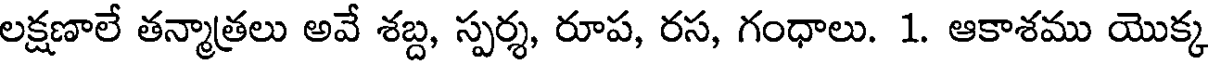
లక్షణాలే తన్మాత్రలు అవే శబ్ద, స్పర్శ, రూప, రస, గంధాలు. 1. ఆకాశము యొక్క